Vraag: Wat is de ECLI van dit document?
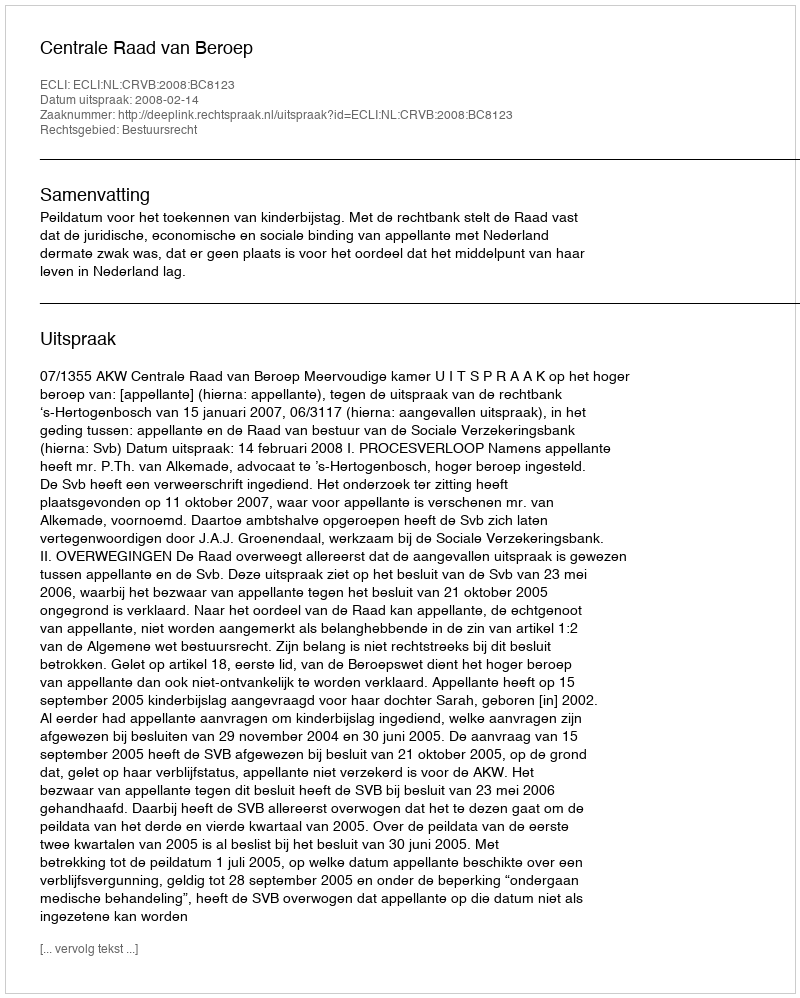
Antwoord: ECLI:NL:CRVB:2008:BC8123